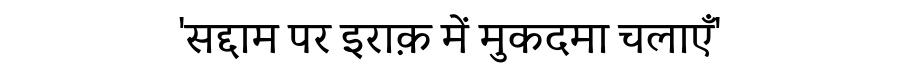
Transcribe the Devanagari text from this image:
'सद्दाम पर इराक़ में मुकदमा चलाएँ'